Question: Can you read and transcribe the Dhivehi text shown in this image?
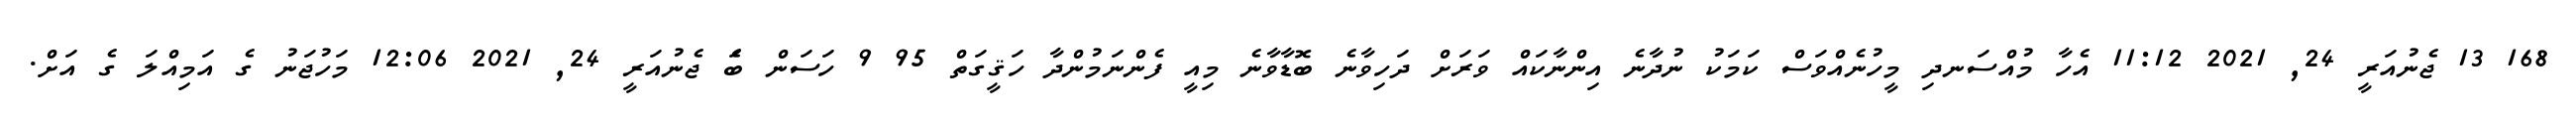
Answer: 168 13 ޖެނުއަރީ 24, 2021 11:12 އެހާ މުއްސަނދި މީހުނެއްވަސް ކަމަކު ނުދާނެ އިންނާކައް ވަރަށް ދަހިވާނެ ބޮޑާވާނެ މިއީ ފެންނަމުންދާ ހަޤީގަތް 95 9 ހަސަން ބަެ ޖެނުއަރީ 24, 2021 12:06 މަހުޖަނު ގެ އަމިއްލަ ގެ އަށް.